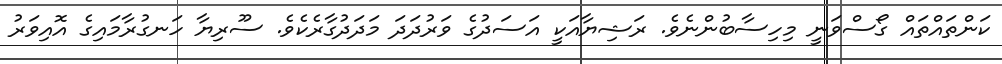
ކަންތައްތައް ގޯސްވަނީ މިހިސާބުންނެވެ. ރަޝިޔާއަކީ އަސަދުގެ ވަރުދަދަ މަދަދުގާރެކެވެ. ސޫރިޔާ ހަނގުރާމައިގެ އޮއިވަރު